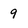
Character: 9